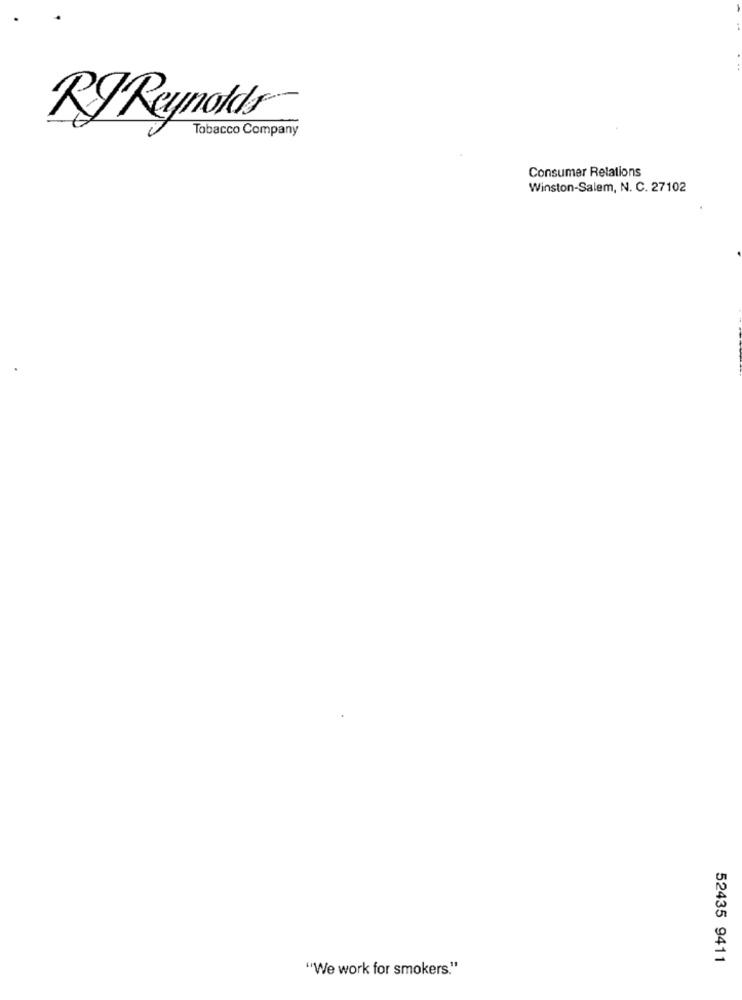
RJ Reynolds
Tobacco Company
Consumer Relations
Winston-Salem, N. C. 27102
52435 9411
"We work for smokers."